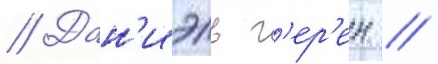
// Дан'иэль г'ер'ен //